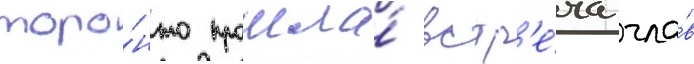
торо́нто прошла́ встр'е́ча гла́в